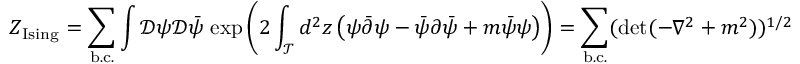
Z _ { \mathrm { I s i n g } } = \sum _ { \mathrm { b . c . } } \int { \mathcal D } \psi { \mathcal D } \bar { \psi } \, \exp \left( 2 \int _ { \mathcal T } d ^ { 2 } z \left( \psi \bar { \partial } \psi - \bar { \psi } \partial \bar { \psi } + m \bar { \psi } \psi \right) \right) = \sum _ { \mathrm { b . c . } } ( \mathrm { d e t } ( - \nabla ^ { 2 } + m ^ { 2 } ) ) ^ { 1 / 2 }